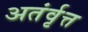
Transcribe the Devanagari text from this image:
अतंर्वृत्त